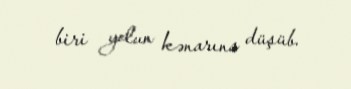
biri yolun kənarına düşüb.